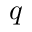
q